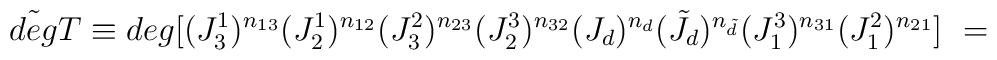
\tilde{deg} T \equiv deg [(J^1_3)^{n_{13}} (J^1_2)^{n_{12}}(J^2_3)^{n_{23}} (J^3_2)^{n_{32}}(J_d)^{n_{d}} ({\tilde J}_d)^{n_{\tilde d}}(J^3_1)^{n_{31}} (J^2_1)^{n_{21}}] \  =